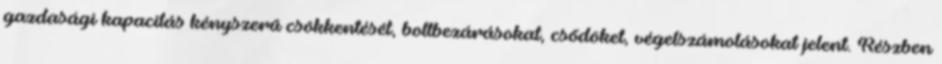
gazdasági kapacitás kényszerű csökkentését, boltbezárásokat, csődöket, végelszámolásokat jelent. Részben